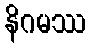
နိဂမဿ